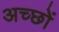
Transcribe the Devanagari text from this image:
अच्छों